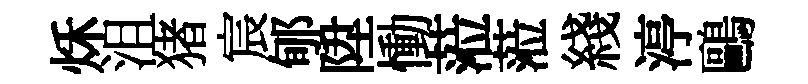
秌沮猪宸郇陞慟蒞蒞綫渟鷗